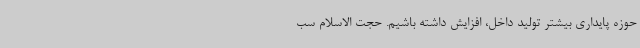
حوزه پایداری بیشتر تولید داخل، افزایش داشته باشیم. حجت الاسلام سب